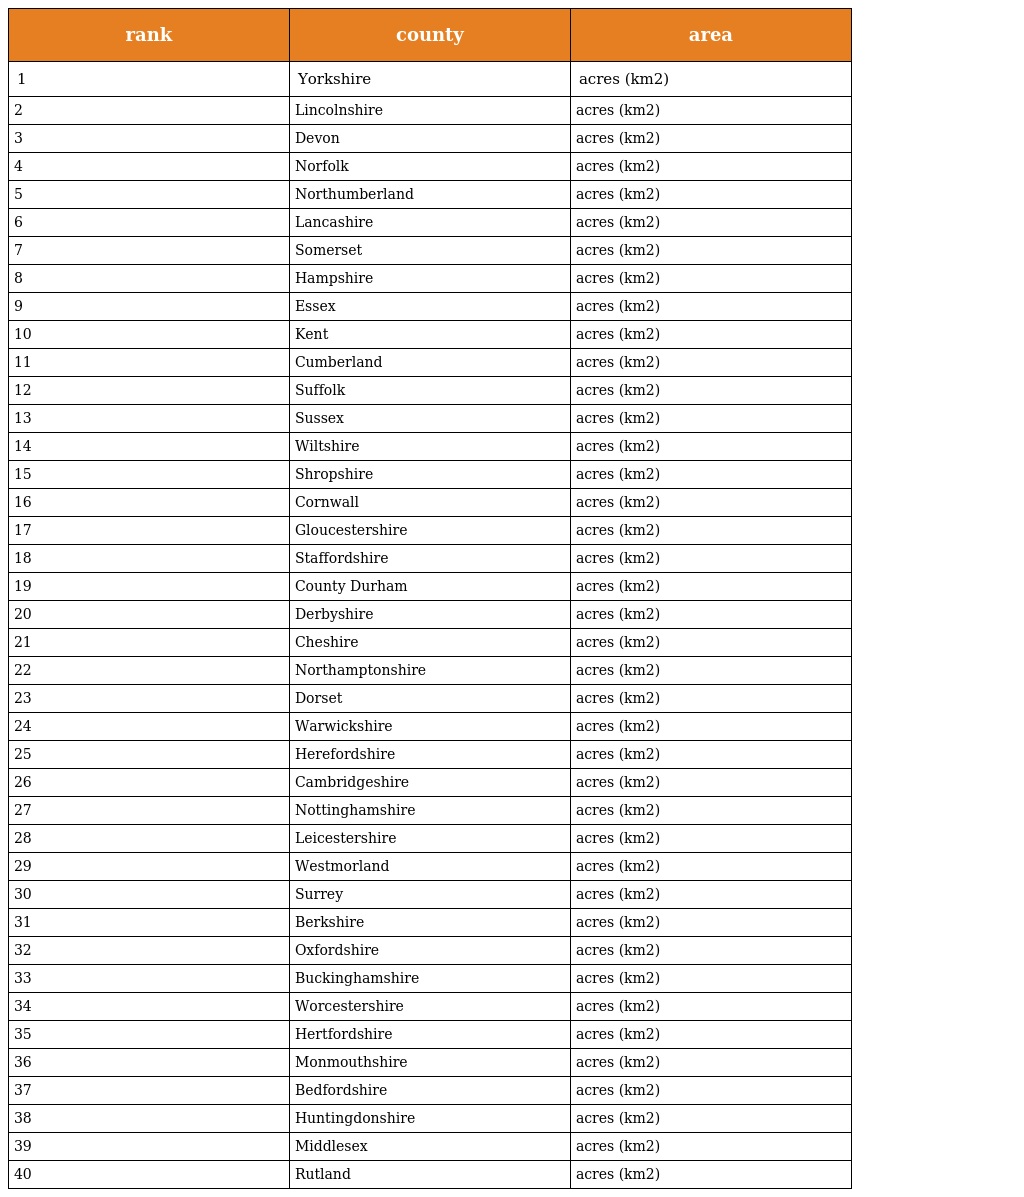
| rank | county | area |
 | --- | --- | --- |
 | 1 | Yorkshire | acres (km2) |
 | 2 | Lincolnshire | acres (km2) |
 | 3 | Devon | acres (km2) |
 | 4 | Norfolk | acres (km2) |
 | 5 | Northumberland | acres (km2) |
 | 6 | Lancashire | acres (km2) |
 | 7 | Somerset | acres (km2) |
 | 8 | Hampshire | acres (km2) |
 | 9 | Essex | acres (km2) |
 | 10 | Kent | acres (km2) |
 | 11 | Cumberland | acres (km2) |
 | 12 | Suffolk | acres (km2) |
 | 13 | Sussex | acres (km2) |
 | 14 | Wiltshire | acres (km2) |
 | 15 | Shropshire | acres (km2) |
 | 16 | Cornwall | acres (km2) |
 | 17 | Gloucestershire | acres (km2) |
 | 18 | Staffordshire | acres (km2) |
 | 19 | County Durham | acres (km2) |
 | 20 | Derbyshire | acres (km2) |
 | 21 | Cheshire | acres (km2) |
 | 22 | Northamptonshire | acres (km2) |
 | 23 | Dorset | acres (km2) |
 | 24 | Warwickshire | acres (km2) |
 | 25 | Herefordshire | acres (km2) |
 | 26 | Cambridgeshire | acres (km2) |
 | 27 | Nottinghamshire | acres (km2) |
 | 28 | Leicestershire | acres (km2) |
 | 29 | Westmorland | acres (km2) |
 | 30 | Surrey | acres (km2) |
 | 31 | Berkshire | acres (km2) |
 | 32 | Oxfordshire | acres (km2) |
 | 33 | Buckinghamshire | acres (km2) |
 | 34 | Worcestershire | acres (km2) |
 | 35 | Hertfordshire | acres (km2) |
 | 36 | Monmouthshire | acres (km2) |
 | 37 | Bedfordshire | acres (km2) |
 | 38 | Huntingdonshire | acres (km2) |
 | 39 | Middlesex | acres (km2) |
 | 40 | Rutland | acres (km2) |